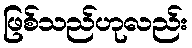
ဖြစ်သည်ဟုလည်း